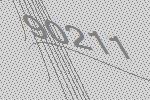
90211